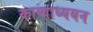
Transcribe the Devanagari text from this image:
काव्याध्ययन